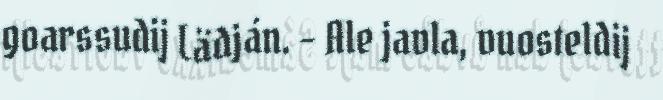
goarssudij Lädján. – Ale javla, vuosteldij